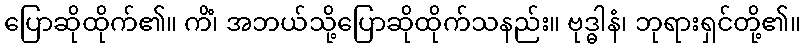
ပြောဆိုထိုက်၏။ ကိံ၊ အဘယ်သို့ပြောဆိုထိုက်သနည်း။ ဗုဒ္ဓါနံ၊ ဘုရားရှင်တို့၏။